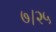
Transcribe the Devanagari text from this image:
७।२५